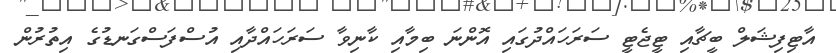
އާޓިފިޝަލް ބީޗާއި ޓީޖެޓީ ސަރަހައްދުގައި އޮންނަ ބިމާއި ކާނިވާ ސަރަހައްދާއި އުސްފަސްގަނޑުގެ އިތުރުން